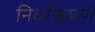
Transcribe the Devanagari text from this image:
निर्धोकपणे